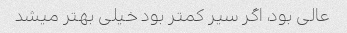
عالی بود، اگر سیر کمتر بود خیلی بهتر میشد